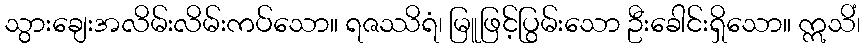
သွားချေးအလိမ်းလိမ်းကပ်သော။ ရဇဿိရံ၊ မြူဖြင့်ပြွမ်းသော ဦးခေါင်းရှိသော။ ဣသိံ၊